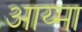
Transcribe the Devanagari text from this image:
आय्मा